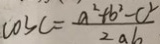
\cos C = \frac { a ^ { 2 } + b ^ { 2 } - c ^ { 2 } } { 2 a b }